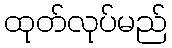
ထုတ်လုပ်မည်